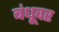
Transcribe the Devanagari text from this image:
बंधूवर